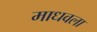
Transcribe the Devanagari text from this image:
माधवला